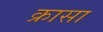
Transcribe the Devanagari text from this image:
क्रासा